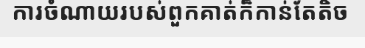
ការចំណាយរបស់ពួកគាត់ក៏កាន់តែតិច